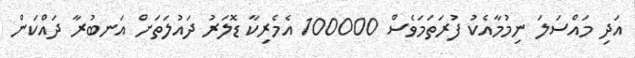
އަދި މައްސަލަ ނިމުމާއެކު ފުރަތަމަވެސް 100000 އެމެރިކާ ޑޮލަރު ދައުލަތަށް އަނބުރާ ދައްކަން